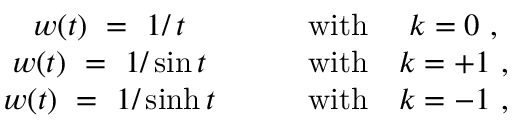
\begin{array} { c c c c } { { w ( t ) ~ = ~ 1 / \, t } } & { { \quad } } & { { \mathrm { w i t h } } } & { { k = 0 ~ , } } \\ { { w ( t ) ~ = ~ 1 / \sin t } } & { { \quad } } & { { \mathrm { w i t h } } } & { { k = + 1 ~ , } } \\ { { w ( t ) ~ = ~ 1 / \sinh t } } & { { \quad } } & { { \mathrm { w i t h } } } & { { k = - 1 ~ , } } \end{array}